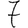
Digit: 7